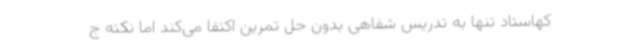
کهاستاد تنها به تدریس شفاهی بدون حل تمرین اکتفا می‌کند اما نکته ج